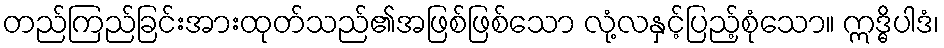
တည်ကြည်ခြင်းအားထုတ်သည်၏အဖြစ်ဖြစ်သော လုံ့လနှင့်ပြည့်စုံသော။ ဣဒ္ဓိပါဒံ၊